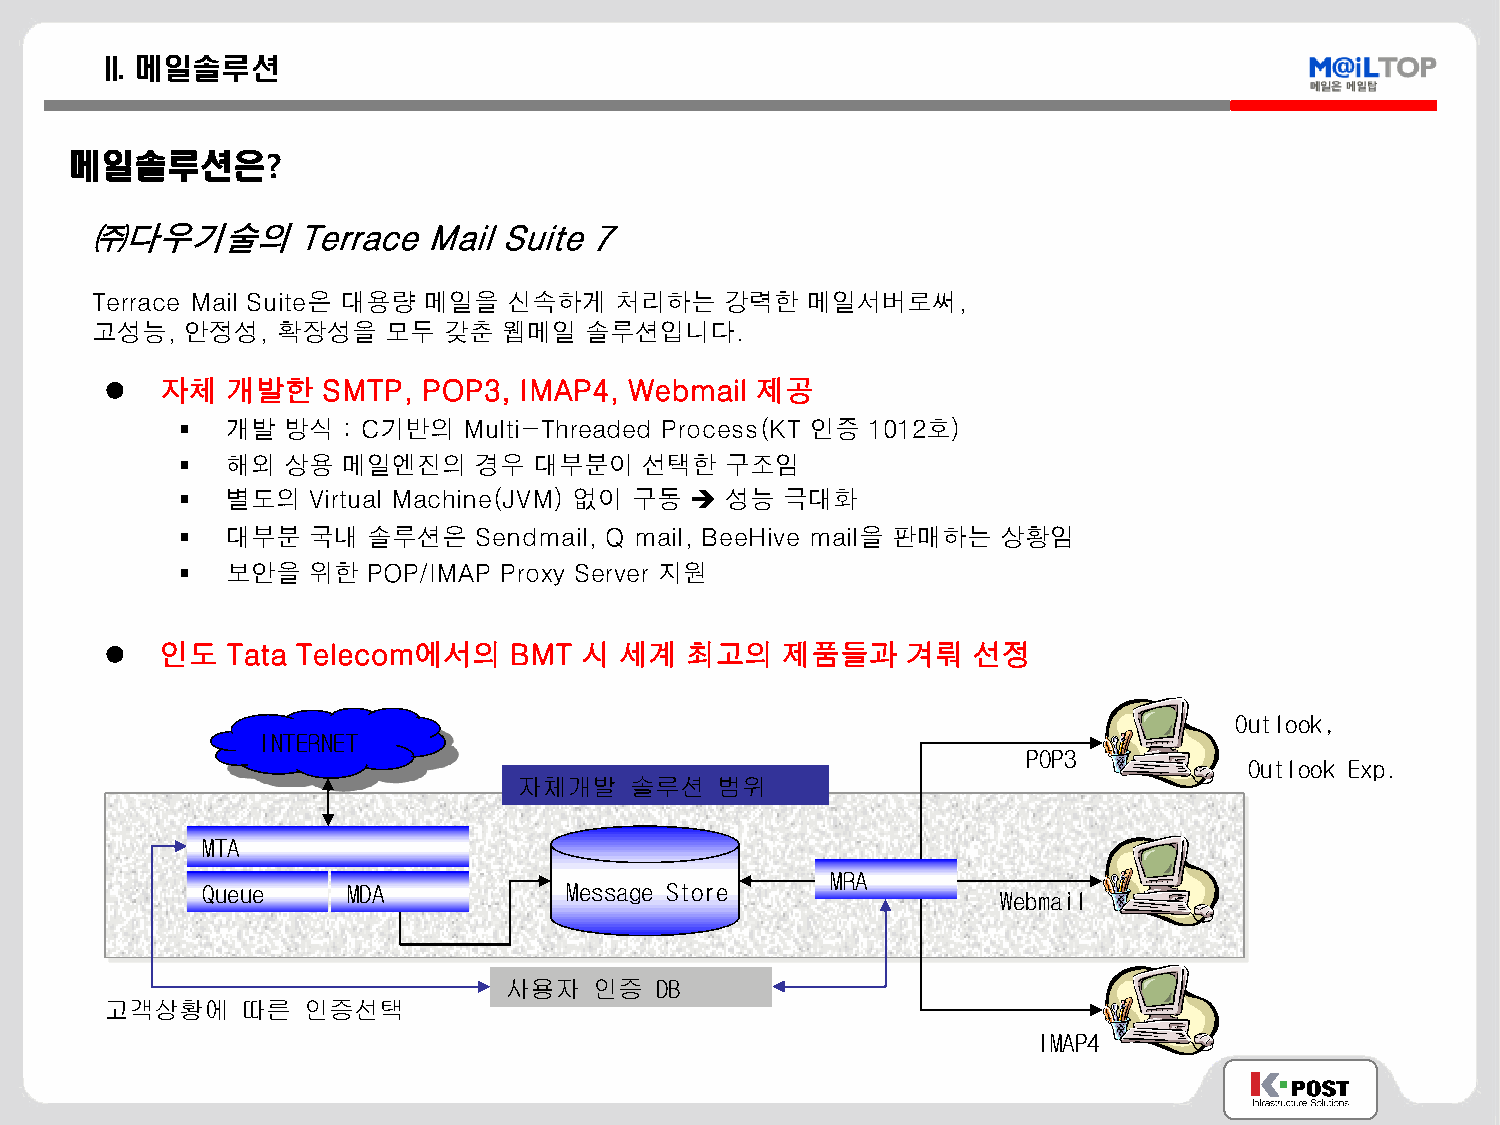
II. 메일솔루션
 메일솔루션은?
 ㈜다우기술의        Terrace Mail Suite 7
 Terrace Mail Suite은 대용량 메일을 신속하게   처리하는   강력한  메일서버로써,
 고성능,  안정성,  확장성을    모두 갖춘  웹메일   솔루션입니다.
    자체  개발한   SMTP,  POP3, IMAP4,  Webmail 제공
   개발  방식  : C기반의  Multi-Threaded Process(KT 인증 1012호)
   해외  상용  메일엔진의   경우  대부분이    선택한  구조임
   별도의  Virtual Machine(JVM) 없이 구동  성능 극대화
   대부분  국내  솔루션은   Sendmail, Q mail, BeeHive mail을 판매하는 상황임
   보안을  위한  POP/IMAP Proxy Server 지원
    인도  Tata Telecom에서의    BMT 시  세계  최고의    제품들과    겨뤄  선정
 Outlook,
 INTERNET
 POP3
 Outlook Exp.
 자체개발    솔루션  범위
 MTA
 MRA
 Queue     MDA           Message Store
 Webmail
 사용자   인증  DB
 고객상황에    따른  인증선택
 IMAP4